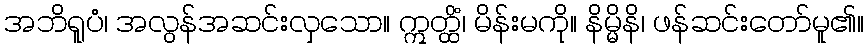
အဘိရူပံ၊ အလွန်အဆင်းလှသော။ ဣတ္ထိံ၊ မိန်းမကို။ နိမ္မိနိ၊ ဖန်ဆင်းတော်မူ၏။